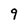
Character: 9